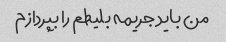
من باید جریمه بلیطم را بپردازم